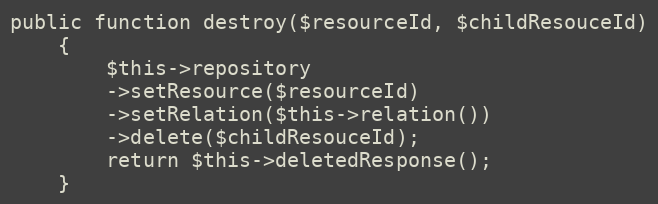
Language: PHP
public function destroy($resourceId, $childResouceId)
    {
        $this->repository
        ->setResource($resourceId)
        ->setRelation($this->relation())
        ->delete($childResouceId);
        return $this->deletedResponse();
    }